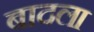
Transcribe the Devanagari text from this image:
बादला